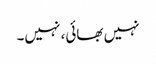
نہیں بھائی، نہیں۔